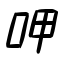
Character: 呷